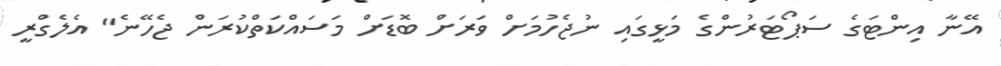
އޭނާ އިންޓަގެ ސަޕޯޓަރުންގެ މަޅީގައި ނުޖެހުމަށް ވަރަށް ބޮޑަށް މަސައްކަތްކުރަން ޖެހޭނެ" އެލެގްރީ